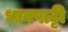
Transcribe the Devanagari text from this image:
धावपाट्टी